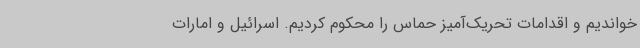
خواندیم و اقدامات تحریک‌آمیز حماس را محکوم کردیم. اسرائیل و امارات